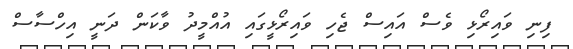
ފިނި ވައިރޯޅި ވެސް އައިސް ޖެހި ވައިރޯޅީގައި އުއްމީދު ވާކަން ދަނީ އިހްސާސް